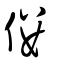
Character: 僂